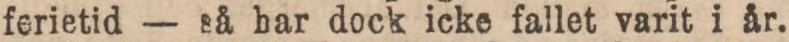
ferietid — så bar dock icke fallet varit i år.